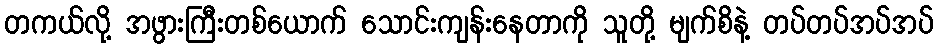
တကယ်လို့ အဖွားကြီးတစ်ယောက် သောင်းကျန်းနေတာကို သူတို့ မျက်စိနဲ့ တပ်တပ်အပ်အပ်